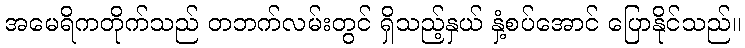
အမေရိကတိုက်သည် တဘက်လမ်းတွင် ရှိသည့်နှယ် နှံ့စပ်အောင် ပြောနိုင်သည်။